Civil Veterinary Dept. Bombay admin report 1932-41 - 1932-1941
Year: 1932
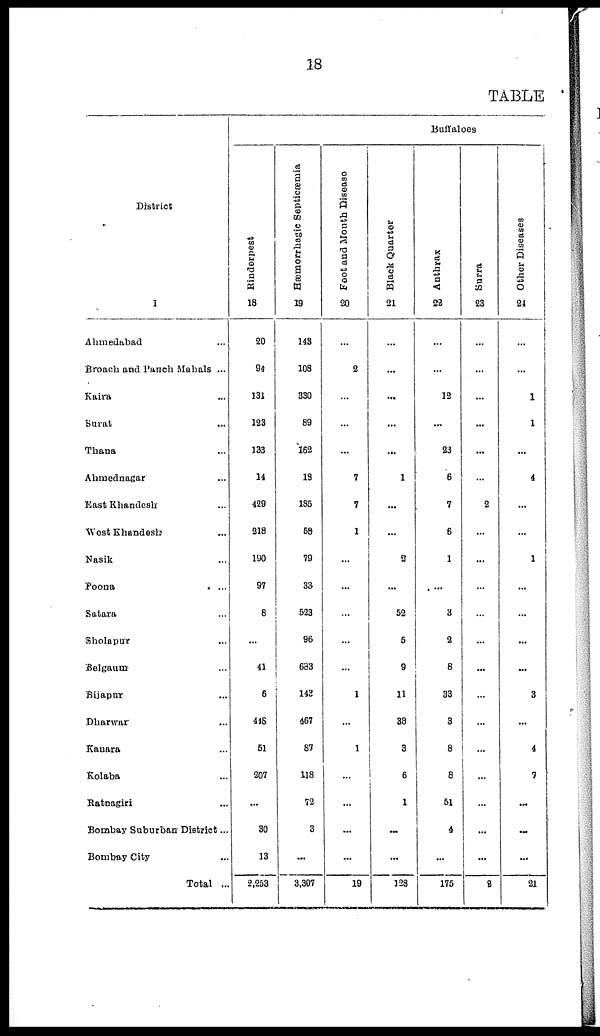
18
TABLE
District
1
Ahmedabad ...
Broach and Panch Mahals ...
Kaira ...
Surat ...
Thana ...
Ahmednagar ...
East Khandesh ...
West Khandesh ...
Nasik ...
Poona ...
Satara ...
Sholapur ...
Belgaum ...
Bijapur ...
Dharwar ...
Kanara ...
Kolaba ...
Ratnagiri ...
Bombay Suburban District ...
Bombay City ...
Total ...
Buffaloes
Rinderpest
18
20
94
131
123
133
14
429
218
190
97
8
...
41
6
448
51
207
...
30
13
2,253
Hæmorrhagic Septicæmia
19
143
108
330
89
162
18
185
58
79
33
523
96
683
143
467
87
118
72
3
...
3,397
Foot and Mouth Disease
20
...
2
...
...
...
7
7
1
...
...
...
...
...
1
...
1
...
...
...
...
19
Black Quarter
21
...
...
...
...
...
1
...
...
2
...
52
5
9
11
38
3
6
1
...
...
128
Anthrax
22
...
...
12
...
23
6
7
6
1
...
3
2
8
33
3
8
8
51
4
...
175
Surra
23
...
...
...
...
...
...
2
...
...
...
...
...
...
...
...
...
...
...
...
...
2
Other Diseases
24
...
...
1
1
...
4
...
...
1
...
...
...
...
3
...
4
1
...
...
...
21